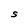
Character: S